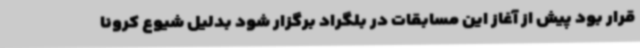
قرار بود پیش از آغاز این مسابقات در بلگراد برگزار شود بدلیل شیوع کرونا